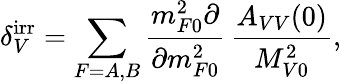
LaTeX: \delta_{V}^{\mathrm{irr}}=\sum_{F=A,B}\frac{m_{F0}^{2}\partial}{\partial m_{F0}^{2}}\, \frac{A_{VV}(0)}{M_{V0}^{2}},